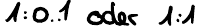
1: 0..1 oder 1:1